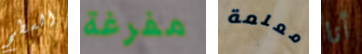
السطح مفرغة معلمة أنا